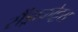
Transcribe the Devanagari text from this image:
सैंड्राकोट्टस